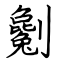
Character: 劖